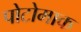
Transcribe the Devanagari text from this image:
पोटोमाक